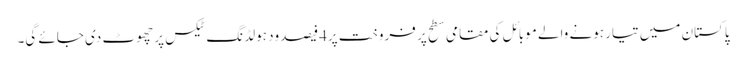
پاکستان میں تیار ہونے والے موبائل کی مقامی سطح پر فروخت پر4فیصد ود ہولڈنگ ٹیکس پر چھوٹ دی جائے گی۔